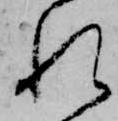
れ